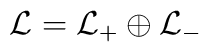
{\cal L} = {\cal L}_+ \oplus {\cal L}_-